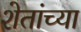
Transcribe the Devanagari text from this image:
शेतांच्या